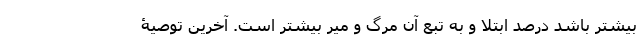
بیشتر باشد درصد ابتلا و به تبع آن مرگ و میر بیشتر است. آخرین توصیۀ